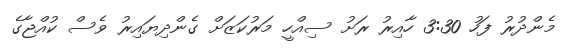
މެންދުރު ފަހު 3:30 ހާއިރު ރަށު ސިއްހީ މަރުކަޒަށް ގެންދިޔައިރު ވެސް ކުއްޖާގެ